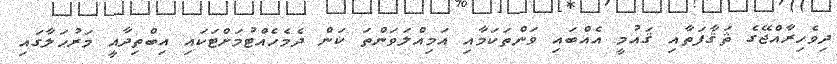
ދިވެހިރާއްޖޭގެ ޘަޤާފަތާއި ޤައުމީ އެއްބައި ވަންތަކަމާއި އަމިއްލަވަންތަ ކަން ދެމެހެއްޓުމަށްޓަކައި އިބްތިދާއީ މަރުޙަލާގައި